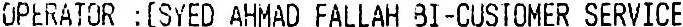
OPERATOR : [SYED AHMAD FALLAH BI-CUSTOMER SERVICE